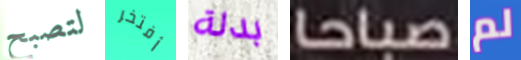
لتصبح أفتخر بدلة صباحا لم